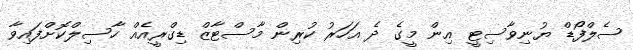
ސެލްފޯޑް ޔުނިވާސިޓީ އިން މީގެ ދެ އަހަރު ކުރިން މާސްޓާޒް ޑިގްރީއެއް ހާސިލްކޮށްފައިވާ